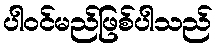
ပါဝင်မည်ဖြစ်ပါသည်